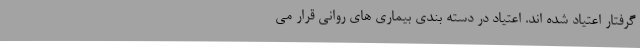
گرفتار اعتیاد شده اند. اعتیاد در دسته بندی بیماری های روانی قرار می